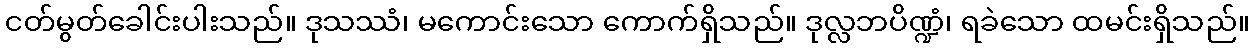
ငတ်မွတ်ခေါင်းပါးသည်။ ဒုသဿံ၊ မကောင်းသော ကောက်ရှိသည်။ ဒုလ္လဘပိဏ္ဍံ၊ ရခဲသော ထမင်းရှိသည်။